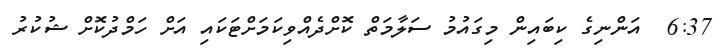
6:37  އަންނިގެ ކިބައިން މިގައުމު ސަލާމަތް ކޮށްދެއްވިކަމަށްޓަކައި އަށް ހަމްދުކޮށް ޝުކުރު